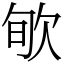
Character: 㰬